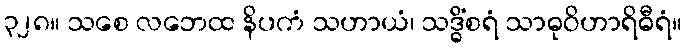
၃၂၈။ သစေ လဘေထ နိပကံ သဟာယံ၊ သဒ္ဓိံစရံ သာဓုဝိဟာရိဓီရံ။